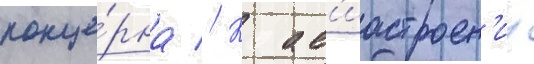
конце́рна // К ав'иастроен'иу